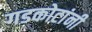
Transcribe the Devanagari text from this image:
गडकोटांनी